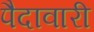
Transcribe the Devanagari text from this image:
पैदावारी